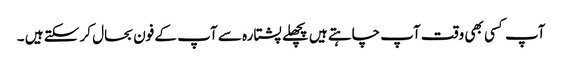
آپ کسی بھی وقت آپ چاہتے ہیں پچھلے پشتارہ سے آپ کے فون بحال کر سکتے ہیں ۔